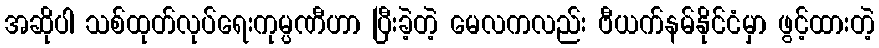
အဆိုပါ သစ်ထုတ်လုပ်ရေးကုမ္ပဏီဟာ ပြီးခဲ့တဲ့ မေလကလည်း ဗီယက်နမ်နိုင်ငံမှာ ဖွင့်ထားတဲ့